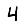
Digit: 4